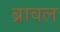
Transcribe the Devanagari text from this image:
ब्रावल